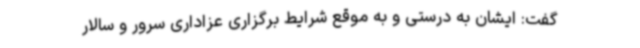
گفت: ایشان به درستی و به موقع شرایط برگزاری عزاداری سرور و سالار